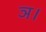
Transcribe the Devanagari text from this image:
ञ।